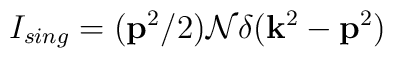
I_{sing}=({ \bf p}^2/2) {\cal N} \delta({\bf k}^2- {\bf p}^2)